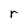
Character: r